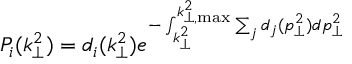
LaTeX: P _ { i } ( k _ { \perp } ^ { 2 } ) = d _ { i } ( k _ { \perp } ^ { 2 } ) e ^ { - \int _ { k _ { \perp } ^ { 2 } } ^ { k _ { \perp , \operatorname * { m a x } } ^ { 2 } } \sum _ { j } d _ { j } ( p _ { \perp } ^ { 2 } ) d p _ { \perp } ^ { 2 } }